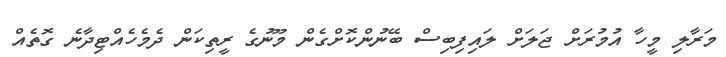
މަރާލި މީހާ އުމުރަށް ޖަލަށް ލައިފިބިސް ބޭނުންކޮށްގެން މޫނުގެ ރީތިކަން ދެމެހެއްޓިދާނެ ގޮތެއް